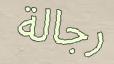
رجالة